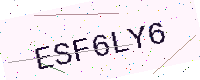
Text: ESF6LY6